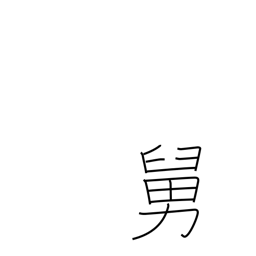
Meaning: father-in-law